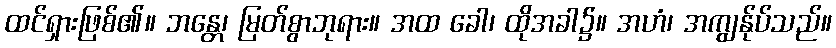
ထင်ရှားဖြစ်၏။ ဘန္တေ၊ မြတ်စွာဘုရား။ အထ ခေါ၊ ထိုအခါ၌။ အဟံ၊ အကျွန်ုပ်သည်။